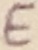
Text: E